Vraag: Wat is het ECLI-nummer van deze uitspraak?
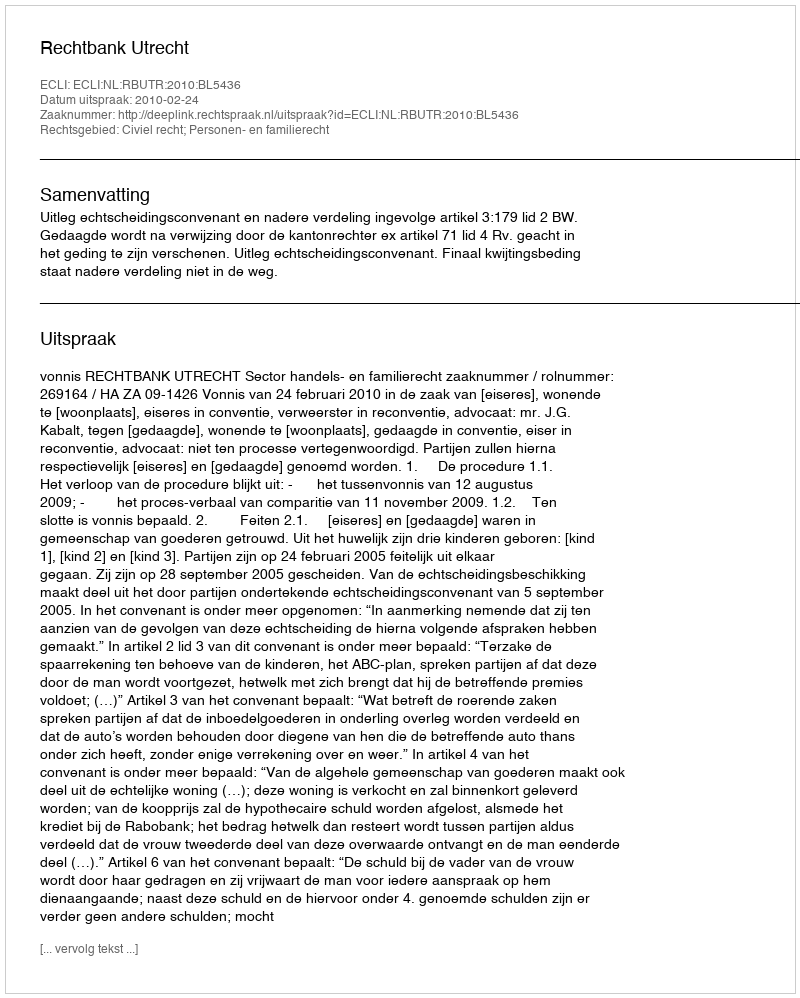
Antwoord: ECLI:NL:RBUTR:2010:BL5436